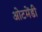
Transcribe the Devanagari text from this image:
ओटमेंडी